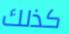
كذلك